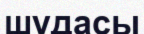
шудасы